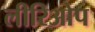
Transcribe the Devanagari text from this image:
लीरिओप